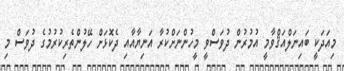
މިއަދަކީ ބައިނަލްއަޤްވާމީ އުމުރުން ދުވަސްވީ މީހުންނަށްކުރާ އަނިޔާއާއި ދެކޮޅަށް ހޭލުންތެރިކުރުމުގެ ދުވަސް މި